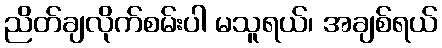
ညိတ်ချလိုက်စမ်းပါ မသူရယ်၊ အချစ်ရယ်